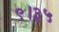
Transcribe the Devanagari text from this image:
९।३५